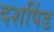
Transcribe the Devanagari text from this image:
दशपिंड